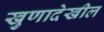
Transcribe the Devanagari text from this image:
खुणादेखील